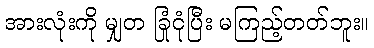
အားလုံးကို မျှတ ခြုံငုံပြီး မကြည့်တတ်ဘူး။